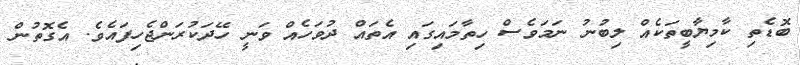
ބޮޑެތި ކާމިޔާބީތަކެއް ލިބުނު ނަމަވެސް ހިތާމައިގައި އެތައް ދުވަހެއް ވަނީ ހޭދަކުރަންޖެހިފައެވެ. އެގޮތުން